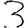
Digit: 3